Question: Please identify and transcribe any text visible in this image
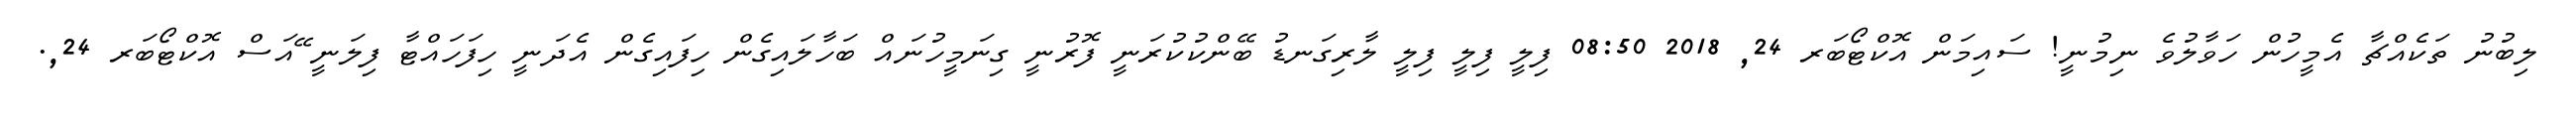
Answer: ލިބުނު ތަކެއްޗާ އެމީހުން ހަވާލުވެ ނިމުނީ! ސައިމަން އޮކްޓޯބަރ 24, 2018 08:50 ފިލީ ފިލީ ފިލީ ލާރިގަނޑު ބޭންކުކުރަނީ ފޮރުނީ ގިނަމީހުނައް ބަހާލައިގެން ހިފައިގެން އެދަނީ ހިފަހައްޓާ ފިލަނީ ޭއަސް އޮކްޓޯބަރ 24,.